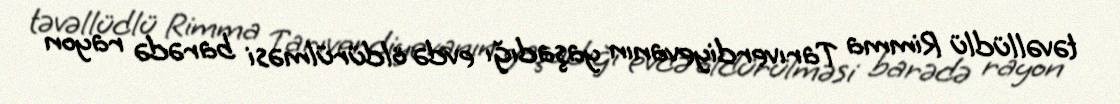
təvəllüdlü Rimma Tarıverdiyevanın yaşadığı evdə öldürülməsi barədə rayon